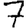
Digit: 7